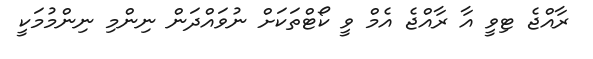
ރާއްޖެ ޓިވީ އާ ރާއްޖެ އެމް ވީ ކޯޓްތަކަށް ނުވައްދަން ނިންމި ނިންމުމަކީ